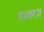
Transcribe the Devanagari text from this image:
डालरज़